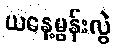
ယနေ့မွန်းလွဲ